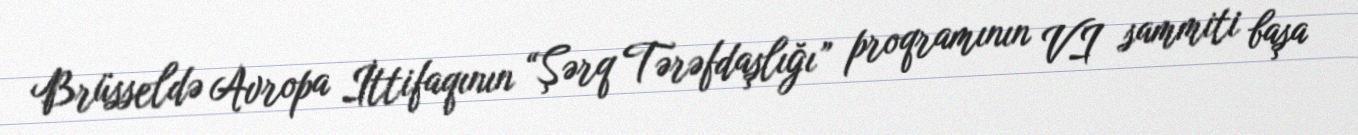
Brüsseldə Avropa İttifaqının “Şərq Tərəfdaşlığı” proqramının VI sammiti başa